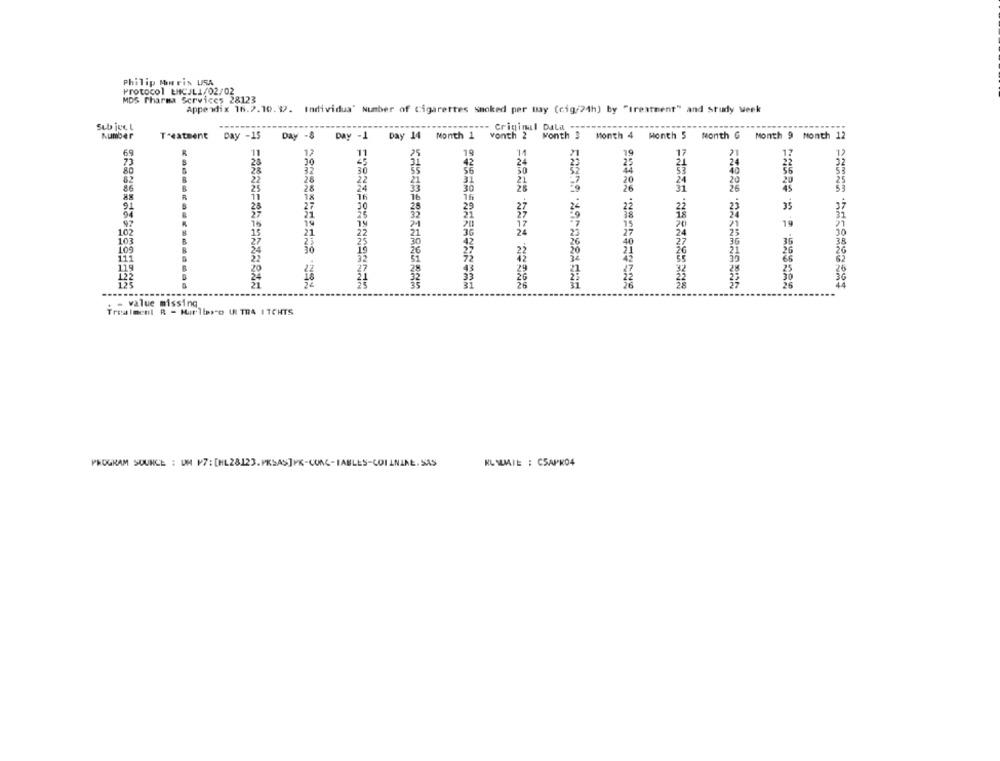
Philip Morris USA
Protocol ENCJLI/02/02
MDS Pharma Services 28123
Appendix 16.2.10. 9. Individua" Number of cigarettes Smoked per may (cig/24h) by "treatment" and Study week
Sub ject
--- Criminal Dala -
Number
Treatment Day -15 Day -8 Day -1 Day 14 Month 1 vonth 2 Month 3 Month 4 Month 5 month G Month 9 Month 12
69
11
11
25
19
11
21
12
<5
73
80
30
82
R
22
86
R
25
24
30
26
26
45
91
28
35
94
97
19
102
30
103
109
24
- value missing
Treatment R - Hurllaro U TRA ITCHTS
PROGRAM SOURCE : UN P7: [HL28123. PKSAS]PK-CONC-IABLES-COI ANIME. SAS
KL WIE : CSAPK04